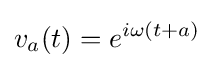
v_{a}(t)=e^{i\omega (t+a)}